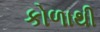
કોળાથી